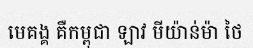
មេគង្គ គឺកម្ពុជា ឡាវ មីយ៉ាន់ម៉ា ថៃ